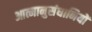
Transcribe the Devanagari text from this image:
आत्मानुसंधानियों